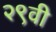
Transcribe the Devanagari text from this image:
२९वी